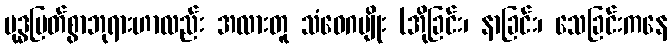
ဗုဒ္ဓမြတ်စွာဘုရားဟာလည်း အလားတူ သံဝေဂမျိုး (အိုခြင်း၊ နာခြင်း၊ သေခြင်းကနေ